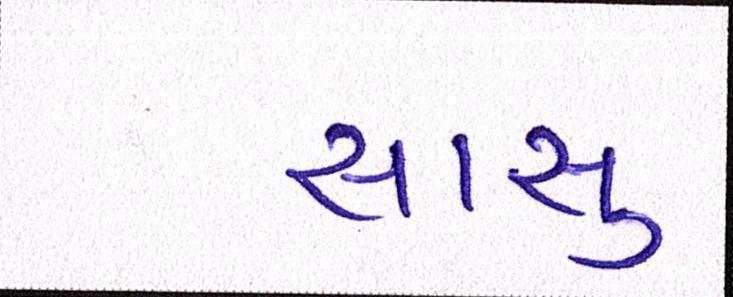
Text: સાસુ